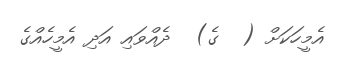
އެމީހަކަށް (  ގެ)  ދެއްވައި އަދި އެމީހެއްގެ